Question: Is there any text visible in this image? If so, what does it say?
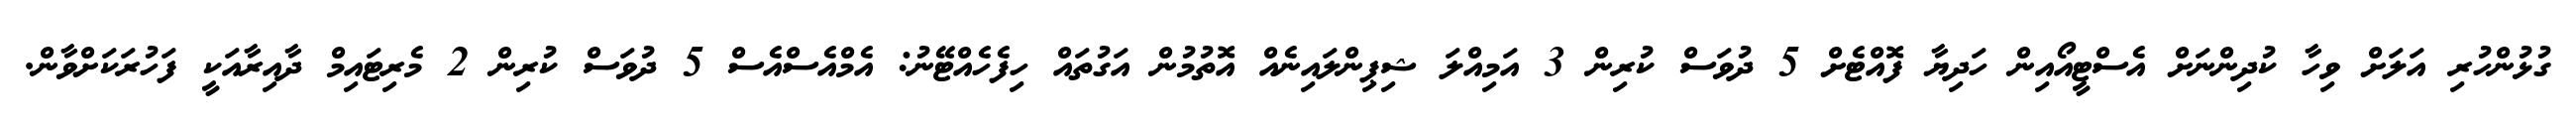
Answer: ގުޅުންހުރި އަލަށް ވިހާ ކުދިންނަށް އެސްޓީއޯއިން ހަދިޔާ ފޮއްޓެށް 5 ދުވަސް ކުރިން 3 އަމިއްލަ ޝިޕިންލައިނެއް އޮތުމުން އަގުތައް ހިފެހެއްޓޭނު: އެމްއެސްއެސް 5 ދުވަސް ކުރިން 2 މެރިޓައިމް ދާއިރާއަކީ ފަހުރަކަށްވާން.